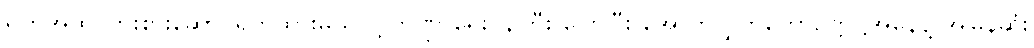
ရက်အထိ ကြိုးစားဆောင်ရွက်ထားမယ်လို့ ဘဏ္ဍာရေးဝန်ကြီး ပြောပြီး အောက်လွှတ်တော်ဥက္ကဋ္ဌအနေနဲ့ အမြန်ဆုံး